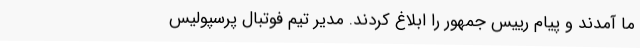
ما آمدند و پیام رییس جمهور را ابلاغ کردند. مدیر تیم فوتبال پرسپولیس